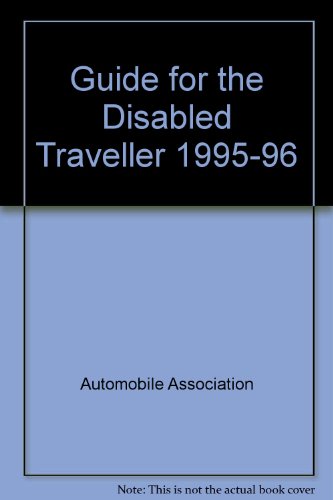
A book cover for Guide for the Disabled Traveller 1995-96; Automobile Association; Travel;